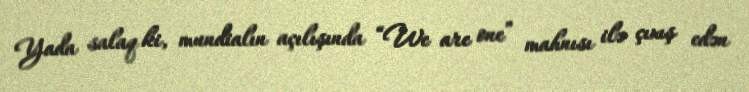
Yada salaq ki, mundialın açılışında “We are one” mahnısı ilə çıxış edən